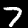
Digit: 7